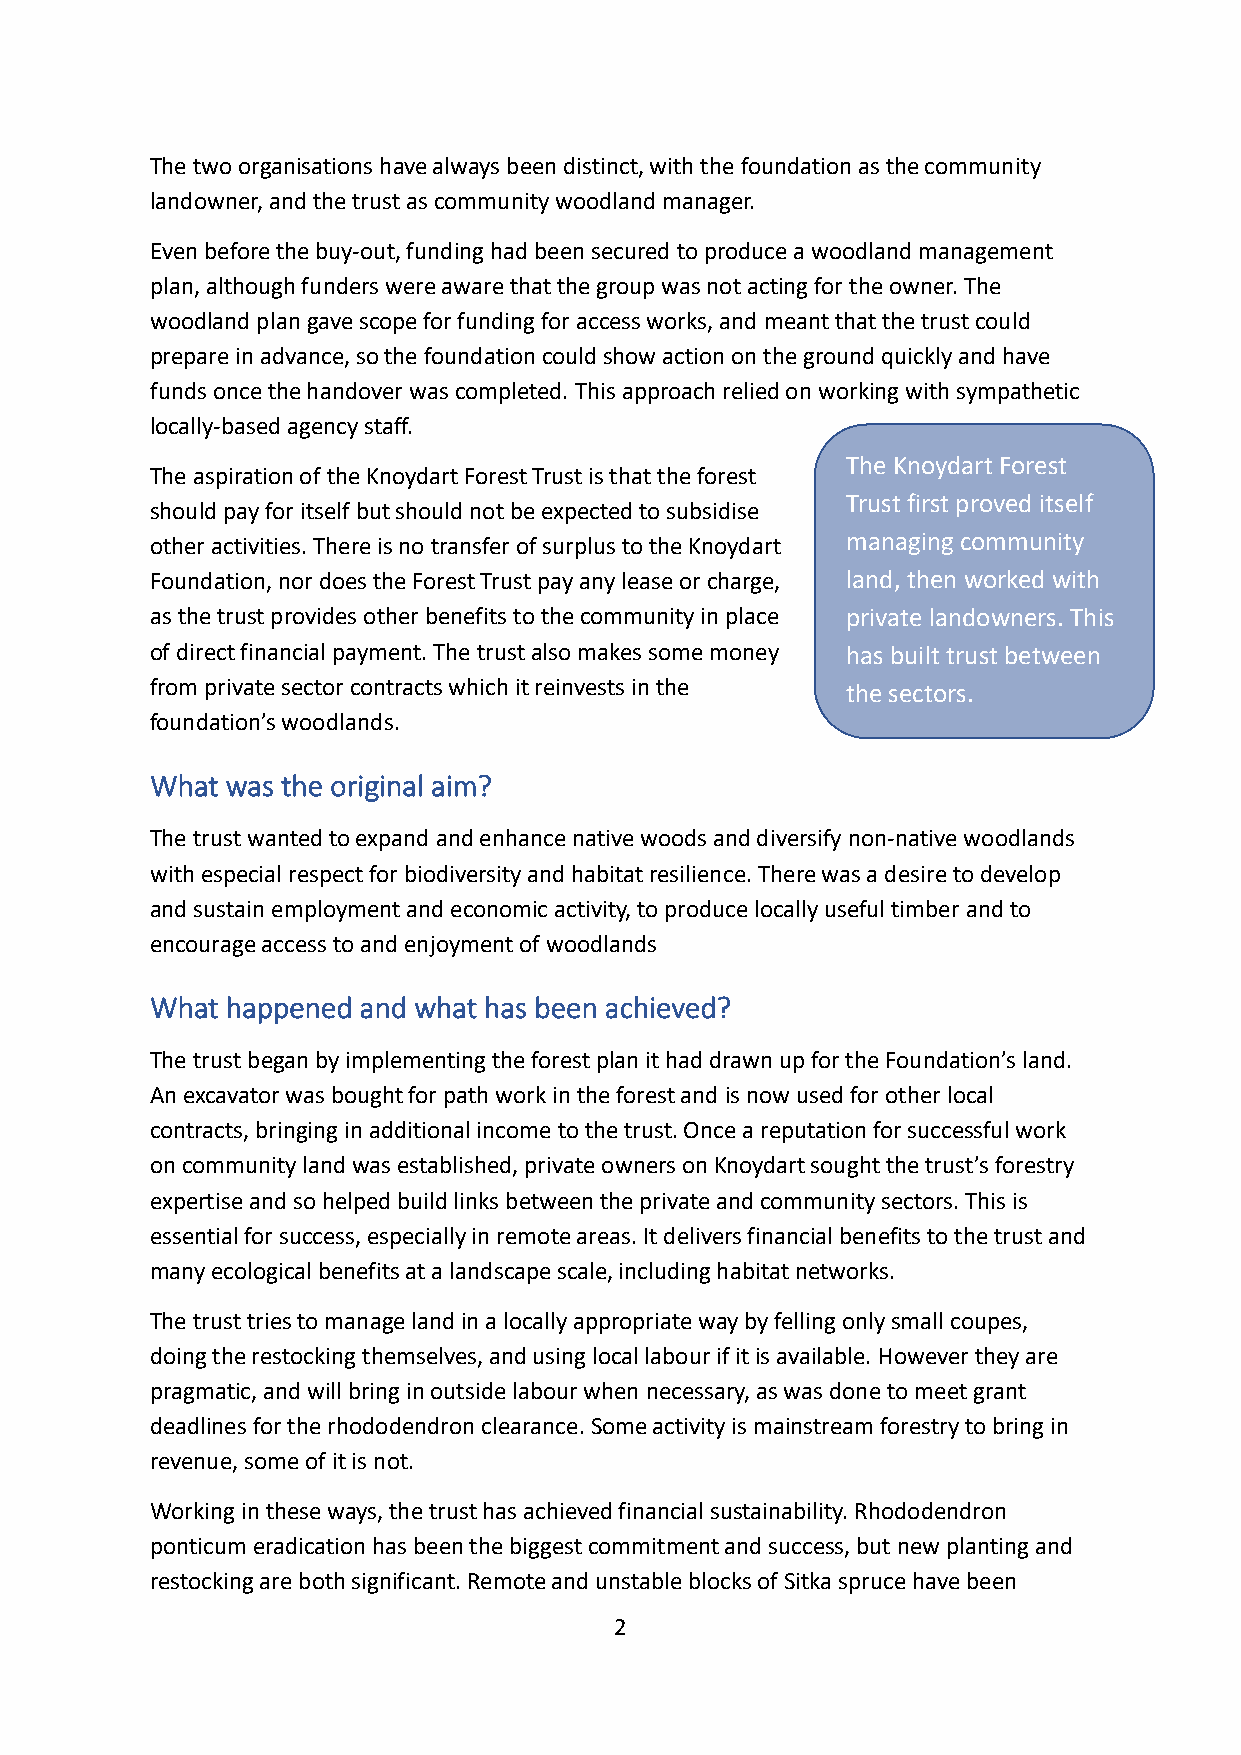
The two organisations have always been distinct, with the foundation as the community
 landowner, and the trust as community woodland manager.
 Even before the buy-out, funding had been secured to produce a woodland management
 plan, although funders were aware that the group was not acting for the owner. The
 woodland plan gave scope for funding for access works, and meant that the trust could
 prepare in advance, so the foundation could show action on the ground quickly and have
 funds once the handover was completed. This approach relied on working with sympathetic
 locally-based agency staff.
 The Knoydart Forest
 The aspiration of the Knoydart Forest Trust is that the forest
 Trust first proved itself
 should pay for itself but should not be expected to subsidise
 other activities. There is no transfer of surplus to the Knoydart managing community
 Foundation, nor does the Forest Trust pay any lease or charge, land, then worked with
 as the trust provides other benefits to the community in place private landowners. This
 of direct financial payment. The trust also makes some money has built trust between
 from private sector contracts which it reinvests in the the sectors.
 foundation’s woodlands.
 What was the original aim?
 The trust wanted to expand and enhance native woods and diversify non-native woodlands
 with especial respect for biodiversity and habitat resilience. There was a desire to develop
 and sustain employment and economic activity, to produce locally useful timber and to
 encourage access to and enjoyment of woodlands
 What happened and what has been achieved?
 The trust began by implementing the forest plan it had drawn up for the Foundation’s land.
 An excavator was bought for path work in the forest and is now used for other local
 contracts, bringing in additional income to the trust. Once a reputation for successful work
 on community land was established, private owners on Knoydart sought the trust’s forestry
 expertise and so helped build links between the private and community sectors. This is
 essential for success, especially in remote areas. It delivers financial benefits to the trust and
 many ecological benefits at a landscape scale, including habitat networks.
 The trust tries to manage land in a locally appropriate way by felling only small coupes,
 doing the restocking themselves, and using local labour if it is available. However they are
 pragmatic, and will bring in outside labour when necessary, as was done to meet grant
 deadlines for the rhododendron clearance. Some activity is mainstream forestry to bring in
 revenue, some of it is not.
 Working in these ways, the trust has achieved financial sustainability. Rhododendron
 ponticum eradication has been the biggest commitment and success, but new planting and
 restocking are both significant. Remote and unstable blocks of Sitka spruce have been
 2